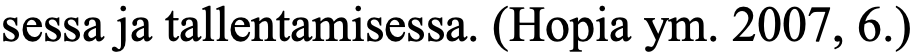
sessa ja tallentamisessa. (Hopia ym. 2007, 6.)